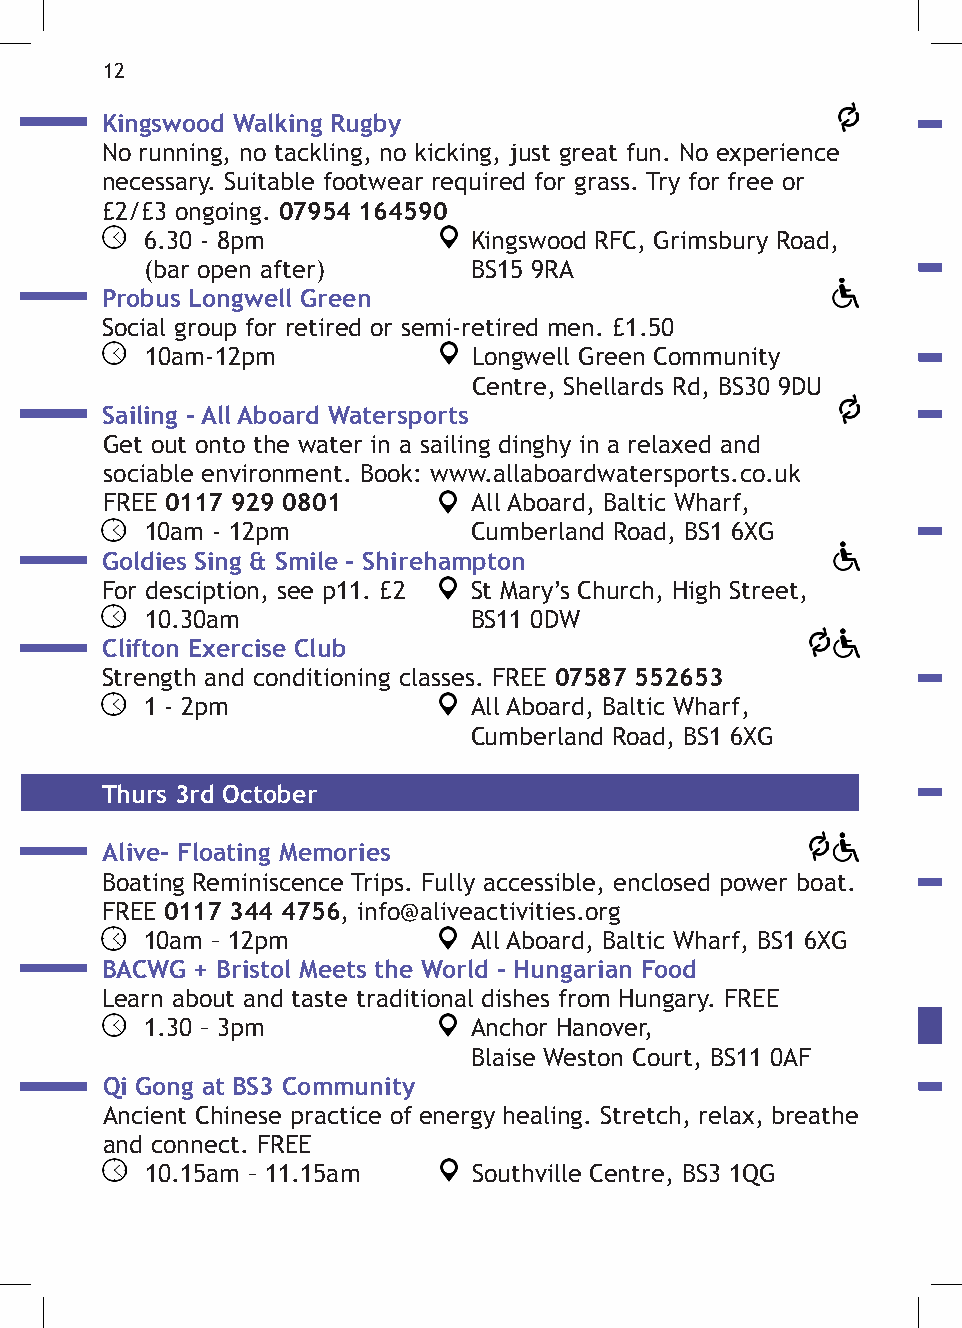
12
 Kingswood Walking Rugby
 No running, no tackling, no kicking, just great fun. No experience
 necessary. Suitable footwear required for grass. Try for free or
 £2/£3 ongoing. 07954 164590
 6.30 - 8pm           Kingswood RFC, Grimsbury Road,
 (bar open after)     BS15 9RA
 Probus Longwell Green
 Social group for retired or semi-retired men. £1.50
 10am-12pm            Longwell Green Community
 Centre, Shellards Rd, BS30 9DU
 Sailing - All Aboard Watersports
 Get out onto the water in a sailing dinghy in a relaxed and
 sociable environment. Book: www.allaboardwatersports.co.uk
 FREE 0117 929 0801      All Aboard, Baltic Wharf,
 10am - 12pm          Cumberland Road, BS1 6XG
 Goldies Sing & Smile - Shirehampton
 For desciption, see p11. £2 St Mary’s Church, High Street,
 10.30am              BS11 0DW
 Clifton Exercise Club
 Strength and conditioning classes. FREE 07587 552653
 1 - 2pm              All Aboard, Baltic Wharf,
 Cumberland Road, BS1 6XG
 Thurs 3rd October
 Alive- Floating Memories
 Boating Reminiscence Trips. Fully accessible, enclosed power boat.
 FREE 0117 344 4756, info@aliveactivities.org
 10am – 12pm          All Aboard, Baltic Wharf, BS1 6XG
 BACWG + Bristol Meets the World - Hungarian Food
 Learn about and taste traditional dishes from Hungary. FREE
 1.30 – 3pm           Anchor Hanover,
 Blaise Weston Court, BS11 0AF
 Qi Gong at BS3 Community
 Ancient Chinese practice of energy healing. Stretch, relax, breathe
 and connect. FREE
 10.15am – 11.15am    Southville Centre, BS3 1QG